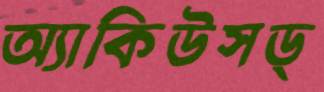
অ্যাকিউসড্